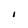
Character: I